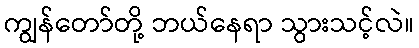
ကျွန်တော်တို့ ဘယ်နေရာ သွားသင့်လဲ။